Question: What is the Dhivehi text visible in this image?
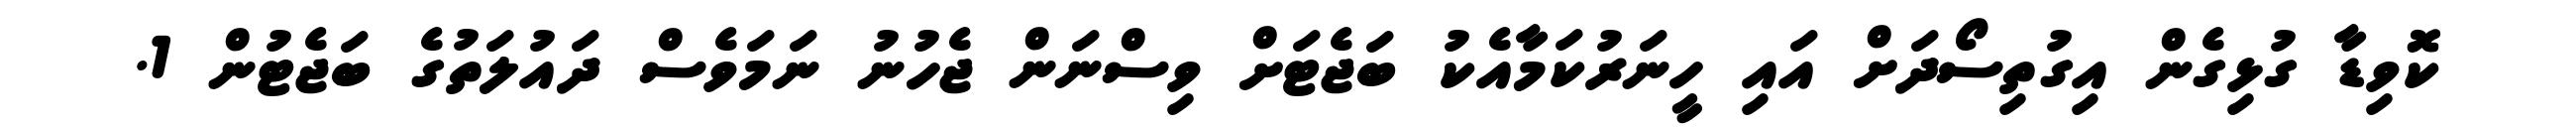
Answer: ކޮވިޑާ ގުޅިގެން އިގުތިސޯދަށް އައި ހީނަރުކަމާއެކު ބަޖެޓަށް ވިސްނަން ޖެހުނު ނަމަވެސް ދައުލަތުގެ ބަޖެޓުން 1.